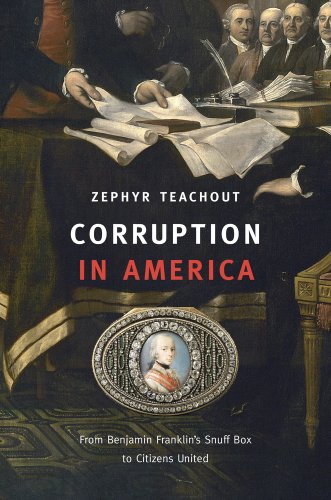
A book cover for Corruption in America: From Benjamin Franklin's Snuff Box to Citizens United; Zephyr Teachout; Law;